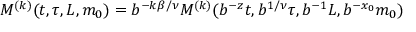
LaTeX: M ^ { ( k ) } ( t , \tau , L , m _ { 0 } ) = b ^ { - k \beta / \nu } M ^ { ( k ) } ( b ^ { - z } t , b ^ { 1 / \nu } \tau , b ^ { - 1 } L , b ^ { - x _ { 0 } } m _ { 0 } )